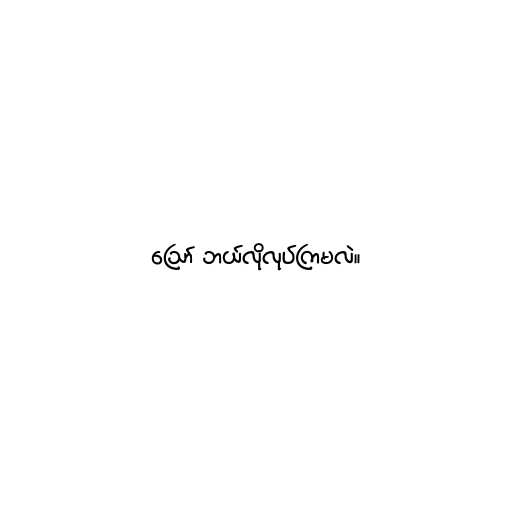
ဪ ဘယ်လိုလုပ်ကြမလဲ။